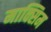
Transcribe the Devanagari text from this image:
माक्सिम